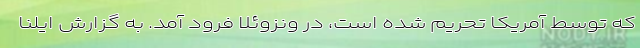
که توسط آمریکا تحریم شده است، در ونزوئلا فرود آمد. به گزارش ایلنا